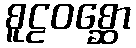
စူဠဝစ္ဆော